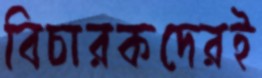
বিচারকদেরই